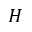
H